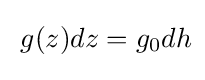
{\frac {}{}}g(z)dz=g_{0}dh